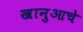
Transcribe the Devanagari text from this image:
खानुआचे